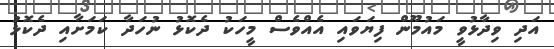
އަދި ވިދާޅުވީ މައުމޫން ފިޔަވައި އެއްވެސް މީހަކު ދެކޮޅު ނުހަދާ ކަމަށާއި ދެކޮޅު